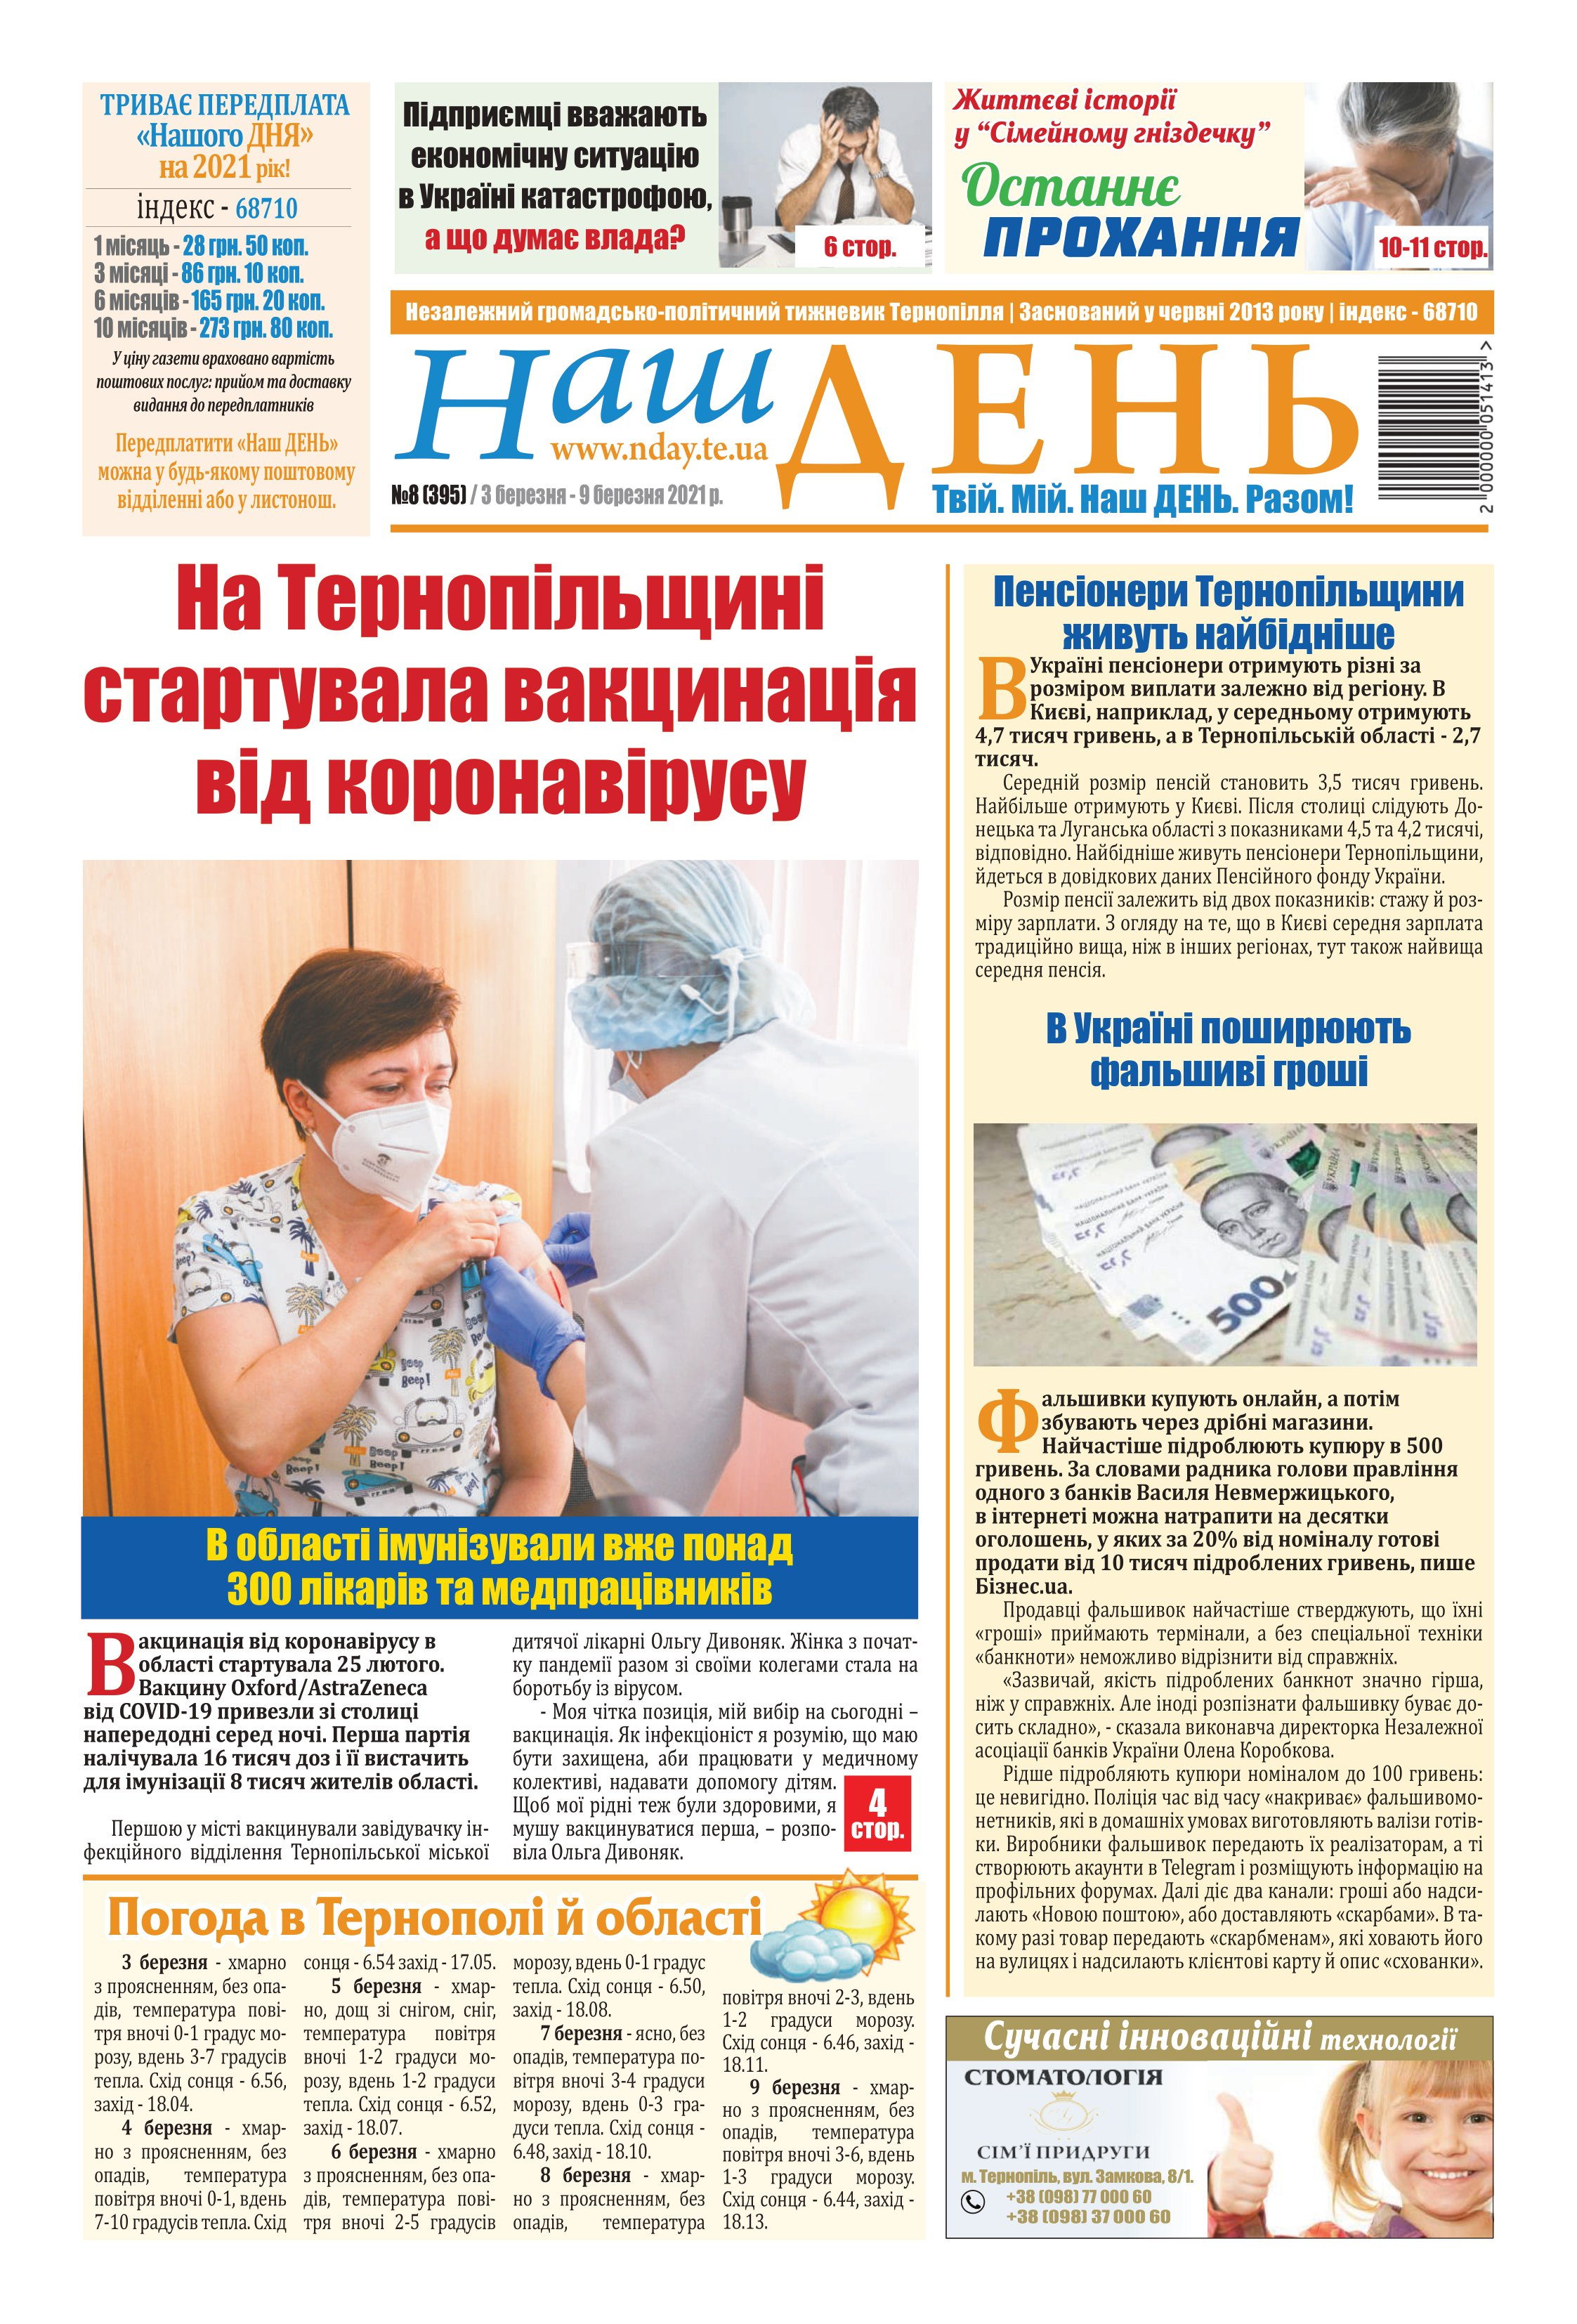
Language: uk